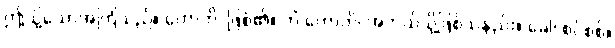
ဤသို့သောအကြံသည်။ ဟောတိ၊ ဖြစ်၏။ ကိံ ဟောတိ၊ အဘယ်သို့ဖြစ်သနည်း။ ခေါ၊ စင်စစ်။